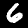
Label: 6